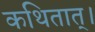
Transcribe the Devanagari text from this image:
कथितात्।